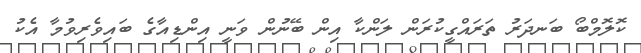
ކޮލޮމްބޯ ބަނދަރު ތަރައްގީކުރަން ލަންކާ އިން ބޭނުން ވަނީ އިންޑިއާގެ ބައިވެރިވުމާ އެކު